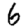
Digit: 6